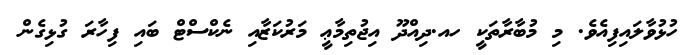
ހުޅުވާލައިފިއެވެ. މި މުބާރާތަކީ ހއ.ދިއްދޫ އިޖުތިމާޢީ މަރުކަޒާއި ނެކްސްޓް ބައި ފިހާރަ ގުޅިގެން